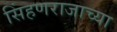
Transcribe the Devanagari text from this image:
सिंहणराजाच्या